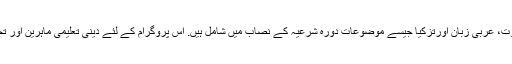
عقیدہ ، فقہ، حدیث، سیرت ،تجوید اور قرآن کی تلاوت، عربی زبان اورتزکیا جیسے موضوعات دورہ شرعیہ کے نصاب میں شامل ہیں. اس پروگرام کے لئے دینی تعلیمی ماہرین اور تجربہ کار دینی اساتذہ کی خدماتحاصل کی جاتی ہیں۔